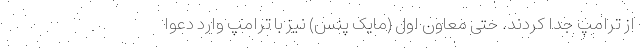
از ترامپ جدا کردند. حتی معاون اول (مایک پنس) نیز با ترامپ وارد دعوا